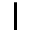
\mathsf { I }